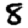
Digit: 8